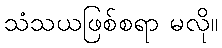
သံသယဖြစ်စရာ မလို။